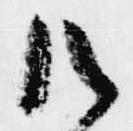
御